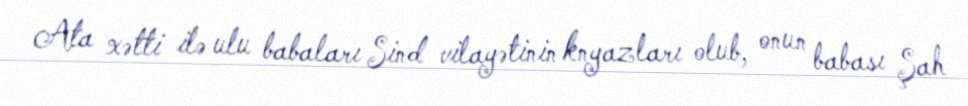
Ata xətti ilə ulu babaları Sind vilayətinin knyazları olub, onun babası Şah